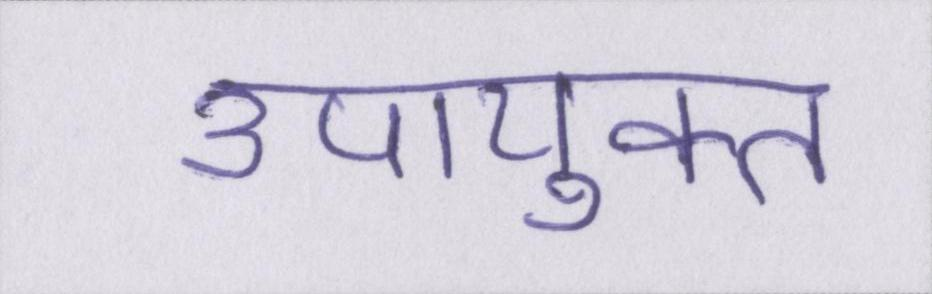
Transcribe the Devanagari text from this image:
उपायुक्त